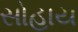
સોહાય